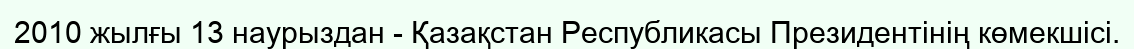
2010 жылғы 13 наурыздан - Қазақстан Республикасы Президентінің көмекшісі.